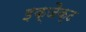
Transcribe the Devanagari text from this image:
इक्जैक्ट